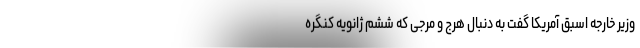
وزیر خارجه اسبق آمریکا گفت به دنبال هرج و مرجی که ششم ژانویه کنگره